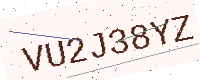
Text: VU2J38YZ